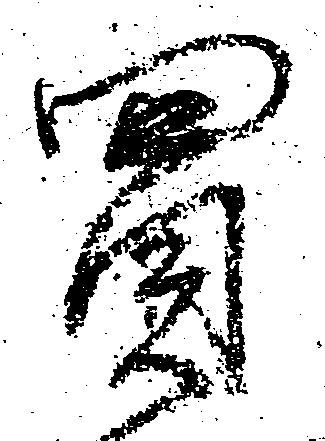
買